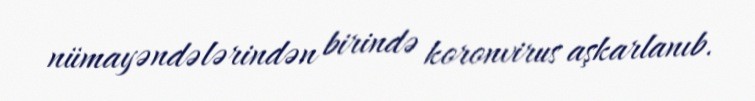
nümayəndələrindən birində koronvirus aşkarlanıb.